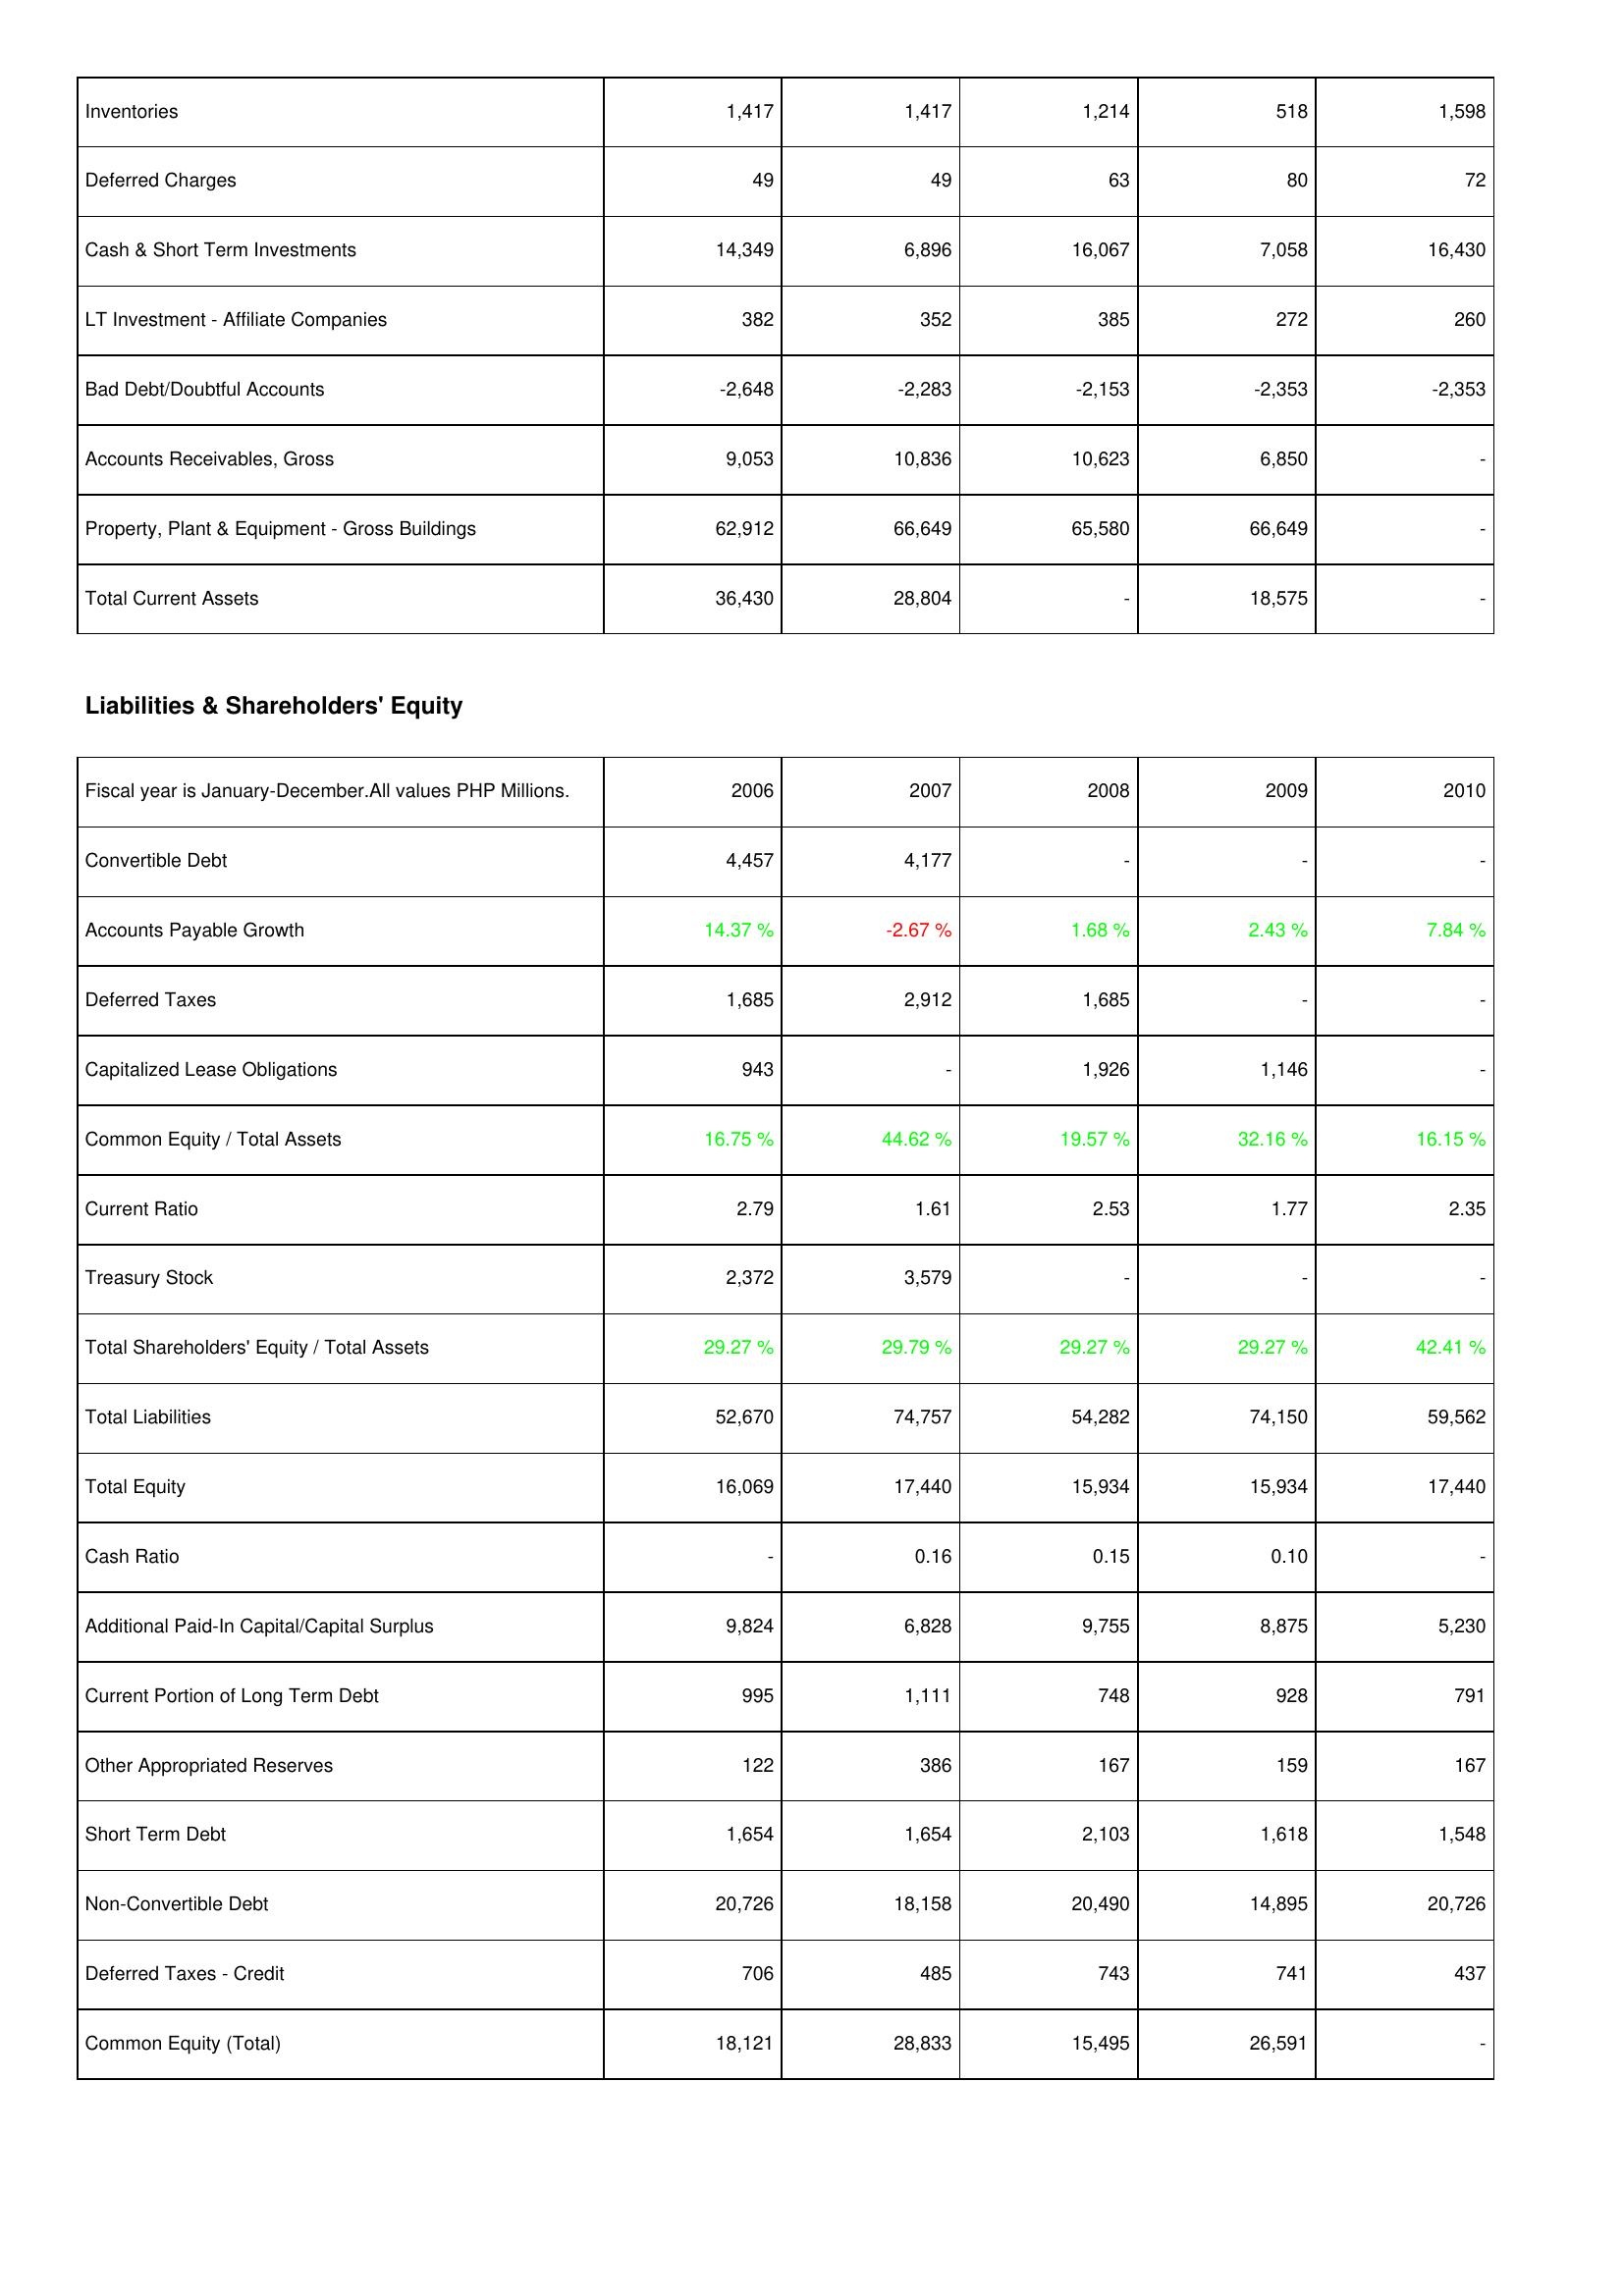
2006: Assets: Inventories: 1,417
Deferred Charges: 49
Cash & Short Term Investments: 14,349
LT Investment - Affiliate Companies: 382
Bad Debt/Doubtful Accounts: -2,648
Accounts Receivables, Gross: 9,053
Property, Plant & Equipment - Gross Buildings: 62,912
Total Current Assets: 36,430
Liabilities & Shareholders' Equity: Convertible Debt: 4,457
Accounts Payable Growth: 14.37 %
Deferred Taxes: 1,685
Capitalized Lease Obligations: 943
Common Equity / Total Assets: 16.75 %
Current Ratio: 2.79
Treasury Stock: 2,372
Total Shareholders' Equity / Total Assets: 29.27 %
Total Liabilities: 52,670
Total Equity: 16,069
Cash Ratio: -
Additional Paid-In Capital/Capital Surplus: 9,824
Current Portion of Long Term Debt: 995
Other Appropriated Reserves: 122
Short Term Debt: 1,654
Non-Convertible Debt: 20,726
Deferred Taxes - Credit: 706
Common Equity (Total): 18,121
2007: Assets: Inventories: 1,417
Deferred Charges: 49
Cash & Short Term Investments: 6,896
LT Investment - Affiliate Companies: 352
Bad Debt/Doubtful Accounts: -2,283
Accounts Receivables, Gross: 10,836
Property, Plant & Equipment - Gross Buildings: 66,649
Total Current Assets: 28,804
Liabilities & Shareholders' Equity: Convertible Debt: 4,177
Accounts Payable Growth: -2.67 %
Deferred Taxes: 2,912
Capitalized Lease Obligations: -
Common Equity / Total Assets: 44.62 %
Current Ratio: 1.61
Treasury Stock: 3,579
Total Shareholders' Equity / Total Assets: 29.79 %
Total Liabilities: 74,757
Total Equity: 17,440
Cash Ratio: 0.16
Additional Paid-In Capital/Capital Surplus: 6,828
Current Portion of Long Term Debt: 1,111
Other Appropriated Reserves: 386
Short Term Debt: 1,654
Non-Convertible Debt: 18,158
Deferred Taxes - Credit: 485
Common Equity (Total): 28,833
2008: Assets: Inventories: 1,214
Deferred Charges: 63
Cash & Short Term Investments: 16,067
LT Investment - Affiliate Companies: 385
Bad Debt/Doubtful Accounts: -2,153
Accounts Receivables, Gross: 10,623
Property, Plant & Equipment - Gross Buildings: 65,580
Total Current Assets: -
Liabilities & Shareholders' Equity: Convertible Debt: -
Accounts Payable Growth: 1.68 %
Deferred Taxes: 1,685
Capitalized Lease Obligations: 1,926
Common Equity / Total Assets: 19.57 %
Current Ratio: 2.53
Treasury Stock: -
Total Shareholders' Equity / Total Assets: 29.27 %
Total Liabilities: 54,282
Total Equity: 15,934
Cash Ratio: 0.15
Additional Paid-In Capital/Capital Surplus: 9,755
Current Portion of Long Term Debt: 748
Other Appropriated Reserves: 167
Short Term Debt: 2,103
Non-Convertible Debt: 20,490
Deferred Taxes - Credit: 743
Common Equity (Total): 15,495
2009: Assets: Inventories: 518
Deferred Charges: 80
Cash & Short Term Investments: 7,058
LT Investment - Affiliate Companies: 272
Bad Debt/Doubtful Accounts: -2,353
Accounts Receivables, Gross: 6,850
Property, Plant & Equipment - Gross Buildings: 66,649
Total Current Assets: 18,575
Liabilities & Shareholders' Equity: Convertible Debt: -
Accounts Payable Growth: 2.43 %
Deferred Taxes: -
Capitalized Lease Obligations: 1,146
Common Equity / Total Assets: 32.16 %
Current Ratio: 1.77
Treasury Stock: -
Total Shareholders' Equity / Total Assets: 29.27 %
Total Liabilities: 74,150
Total Equity: 15,934
Cash Ratio: 0.10
Additional Paid-In Capital/Capital Surplus: 8,875
Current Portion of Long Term Debt: 928
Other Appropriated Reserves: 159
Short Term Debt: 1,618
Non-Convertible Debt: 14,895
Deferred Taxes - Credit: 741
Common Equity (Total): 26,591
2010: Assets: Inventories: 1,598
Deferred Charges: 72
Cash & Short Term Investments: 16,430
LT Investment - Affiliate Companies: 260
Bad Debt/Doubtful Accounts: -2,353
Accounts Receivables, Gross: -
Property, Plant & Equipment - Gross Buildings: -
Total Current Assets: -
Liabilities & Shareholders' Equity: Convertible Debt: -
Accounts Payable Growth: 7.84 %
Deferred Taxes: -
Capitalized Lease Obligations: -
Common Equity / Total Assets: 16.15 %
Current Ratio: 2.35
Treasury Stock: -
Total Shareholders' Equity / Total Assets: 42.41 %
Total Liabilities: 59,562
Total Equity: 17,440
Cash Ratio: -
Additional Paid-In Capital/Capital Surplus: 5,230
Current Portion of Long Term Debt: 791
Other Appropriated Reserves: 167
Short Term Debt: 1,548
Non-Convertible Debt: 20,726
Deferred Taxes - Credit: 437
Common Equity (Total): -